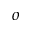
^ o